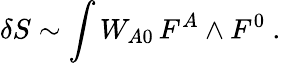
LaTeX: \delta S\sim\int W_{A0}\, F^{A}\wedge F^{0}\ .